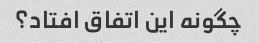
چگونه این اتفاق افتاد؟